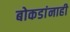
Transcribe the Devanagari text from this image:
बोकडांनाही